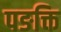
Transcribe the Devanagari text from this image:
पङक्ति